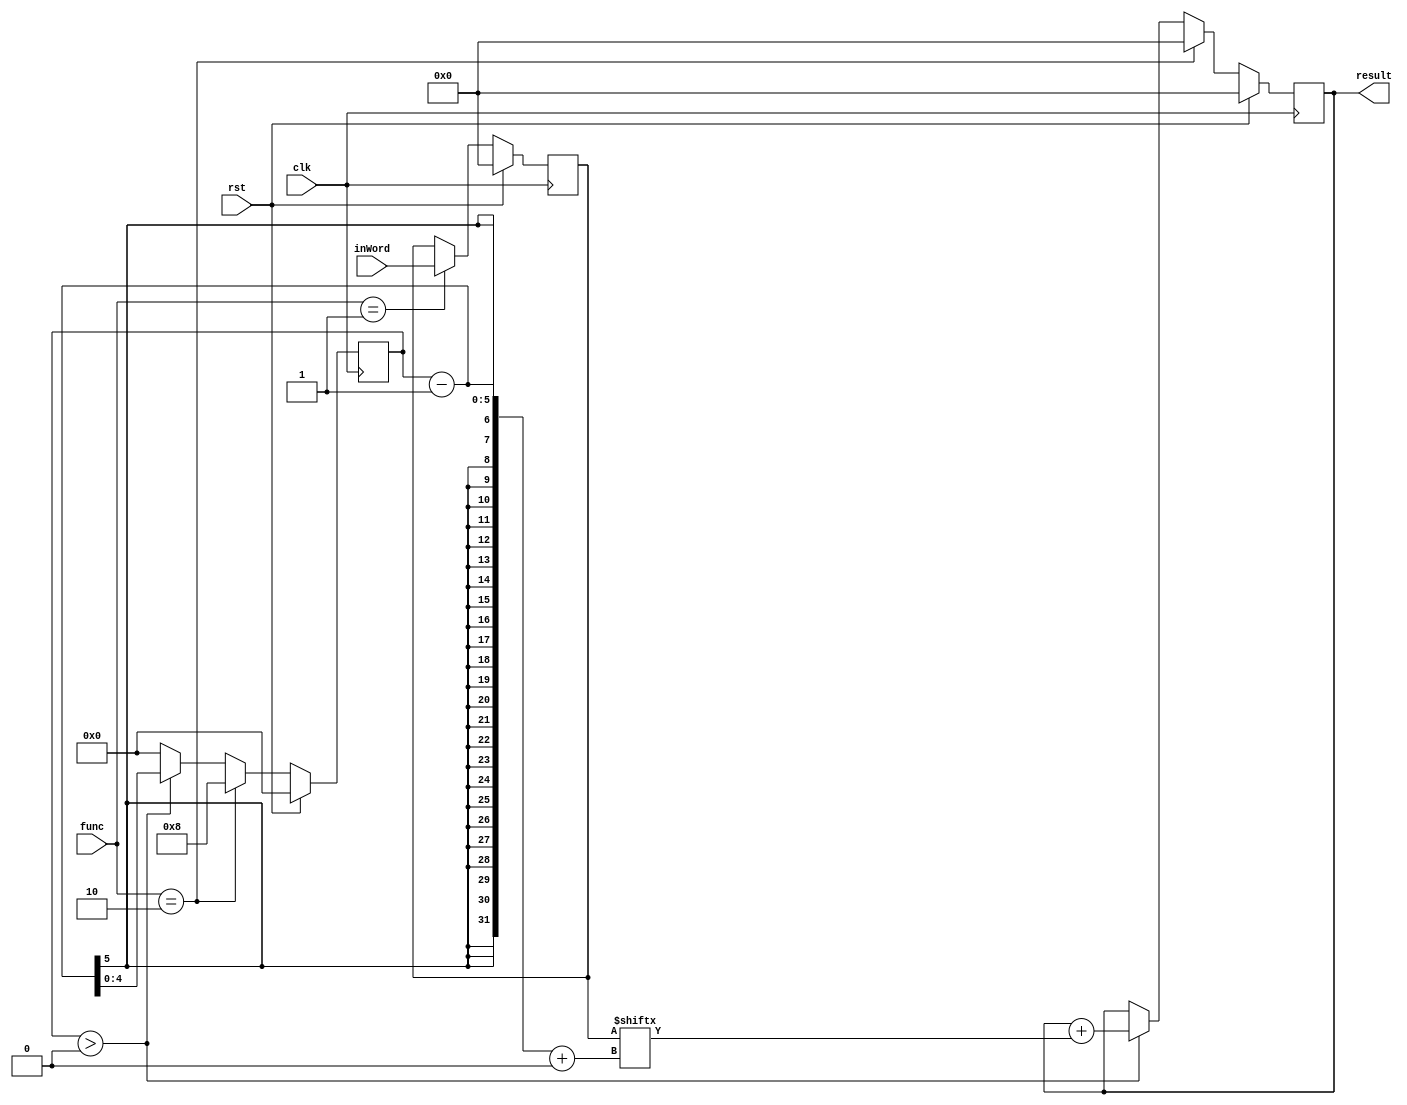
/* Generated by Yosys 0.8 (git sha1 UNKNOWN, clang 9.0.0 -fPIC -Os) */

(* top =  1  *)
(* src = "word_adder_clean.v:12" *)
module word_adder(clk, rst, func, inWord, result);
  input clk;
  input [1:0] func;
  input [8:0] inWord;
  output [8:0] result;
  input rst;
  wire [4:0] _00_;
  (* src = "word_adder_clean.v:34" *)
  wire [8:0] _01_;
  (* src = "word_adder_clean.v:34" *)
  wire [8:0] _02_;
  wire [8:0] _03_;
  (* src = "word_adder_clean.v:27" *)
  wire [31:0] _04_;
  (* src = "word_adder_clean.v:30" *)
  wire [31:0] _05_;
  (* src = "word_adder_clean.v:24" *)
  wire _06_;
  (* src = "word_adder_clean.v:26" *)
  wire _07_;
  (* src = "word_adder_clean.v:30" *)
  wire _08_;
  (* src = "word_adder_clean.v:27" *)
  wire [31:0] _09_;
  (* src = "word_adder_clean.v:13" *)
  reg [4:0] counter;
  (* src = "word_adder_clean.v:26" *)
  wire [4:0] counter_next;
  (* src = "word_adder_clean.v:22" *)
  wire running;
  (* src = "word_adder_clean.v:18" *)
  reg [8:0] word;
  (* src = "word_adder_clean.v:24" *)
  wire [8:0] word_next;
  (* src = "word_adder_clean.v:19" *)
  reg [8:0] word_sum;
  (* src = "word_adder_clean.v:29" *)
  wire [8:0] word_sum_next;
  assign _03_ = word_sum + (* src = "word_adder_clean.v:30" *) _08_;
  assign _06_ = func == (* src = "word_adder_clean.v:24" *) 1'h1;
  assign _07_ = func == (* src = "word_adder_clean.v:26" *) 2'h2;
  assign running = counter > (* src = "word_adder_clean.v:22" *) 1'h0;
  always @(posedge clk)
      word <= _01_;
  always @(posedge clk)
      word_sum <= _02_;
  always @(posedge clk)
      counter <= _00_;
  assign _00_ = rst ? (* src = "word_adder_clean.v:35" *) 5'h00 : counter_next;
  assign _02_ = rst ? (* src = "word_adder_clean.v:35" *) 9'h000 : word_sum_next;
  assign _01_ = rst ? (* src = "word_adder_clean.v:35" *) 9'h000 : word_next;
  assign _08_ = word[$signed(_09_) +: 1];
  assign _09_ = counter - (* src = "word_adder_clean.v:27" *) 1'h1;
  assign word_next = _06_ ? (* src = "word_adder_clean.v:24" *) inWord : word;
  assign _04_[4:0] = running ? (* src = "word_adder_clean.v:27" *) _09_[4:0] : 5'h00;
  assign counter_next = _07_ ? (* src = "word_adder_clean.v:27" *) 5'h08 : _04_[4:0];
  assign _05_[8:0] = running ? (* src = "word_adder_clean.v:30" *) _03_ : word_sum;
  assign word_sum_next = _07_ ? (* src = "word_adder_clean.v:30" *) 9'h000 : _05_[8:0];
  assign result = word_sum;
endmodule